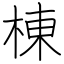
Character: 棟